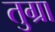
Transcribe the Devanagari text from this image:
तुग्रा